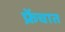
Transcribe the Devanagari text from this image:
फ्रेंचात